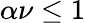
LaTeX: \alpha\nu\leq 1